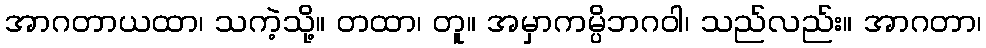
အာဂတာယထာ၊ သကဲ့သို့။ တထာ၊ တူ။ အမှာကမ္ပိဘဂဝါ၊ သည်လည်း။ အာဂတာ၊